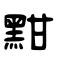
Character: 黚